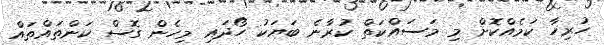
ހުރިހާ ކަމެއްކޮށް މި މަސައްކަތް ކުރާނެ ބަޔަކު ހޯދައި މިހެން ގޮސް ކަންތައްތައް